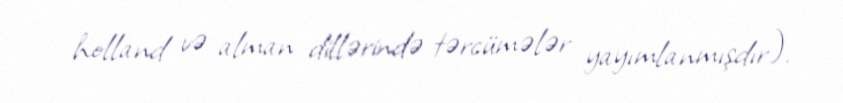
holland və alman dillərində tərcümələr yayımlanmışdır).